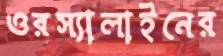
ওরস্যালাইনের